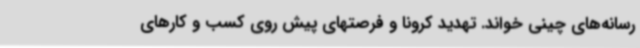
رسانه‌های چینی خواند. تهدید کرونا و فرصتهای پیش روی کسب و کارهای